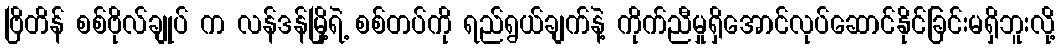
ဗြိတိန် စစ်ဗိုလ်ချုပ် က လန်ဒန်မြို့ရဲ့ စစ်တပ်ကို ရည်ရွယ်ချက်နဲ့ ကိုက်ညီမှုရှိအောင်လုပ်ဆောင်နိုင်ခြင်းမရှိဘူးလို့